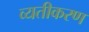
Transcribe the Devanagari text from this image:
व्यतीकरण